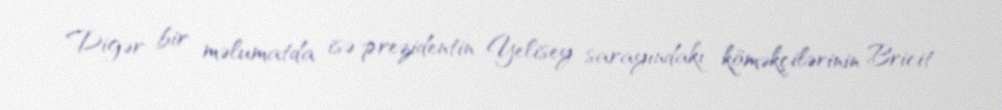
Digər bir məlumatda isə prezidentin Yelisey sarayındakı köməkçilərinin Bricit